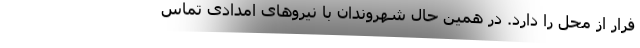
فرار از محل را دارد. در همین حال شهروندان با نیرو‌های امدادی تماس